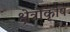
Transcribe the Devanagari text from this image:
क्षेत्रोंकृषि